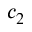
c _ { 2 }